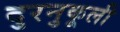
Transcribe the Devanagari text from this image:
दुरनुकूली